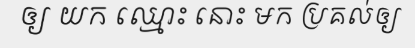
ឲ្យ យក ឈ្មោះ នោះ មក ប្រគល់ឲ្យ